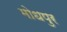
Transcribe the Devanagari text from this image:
मोधपुर